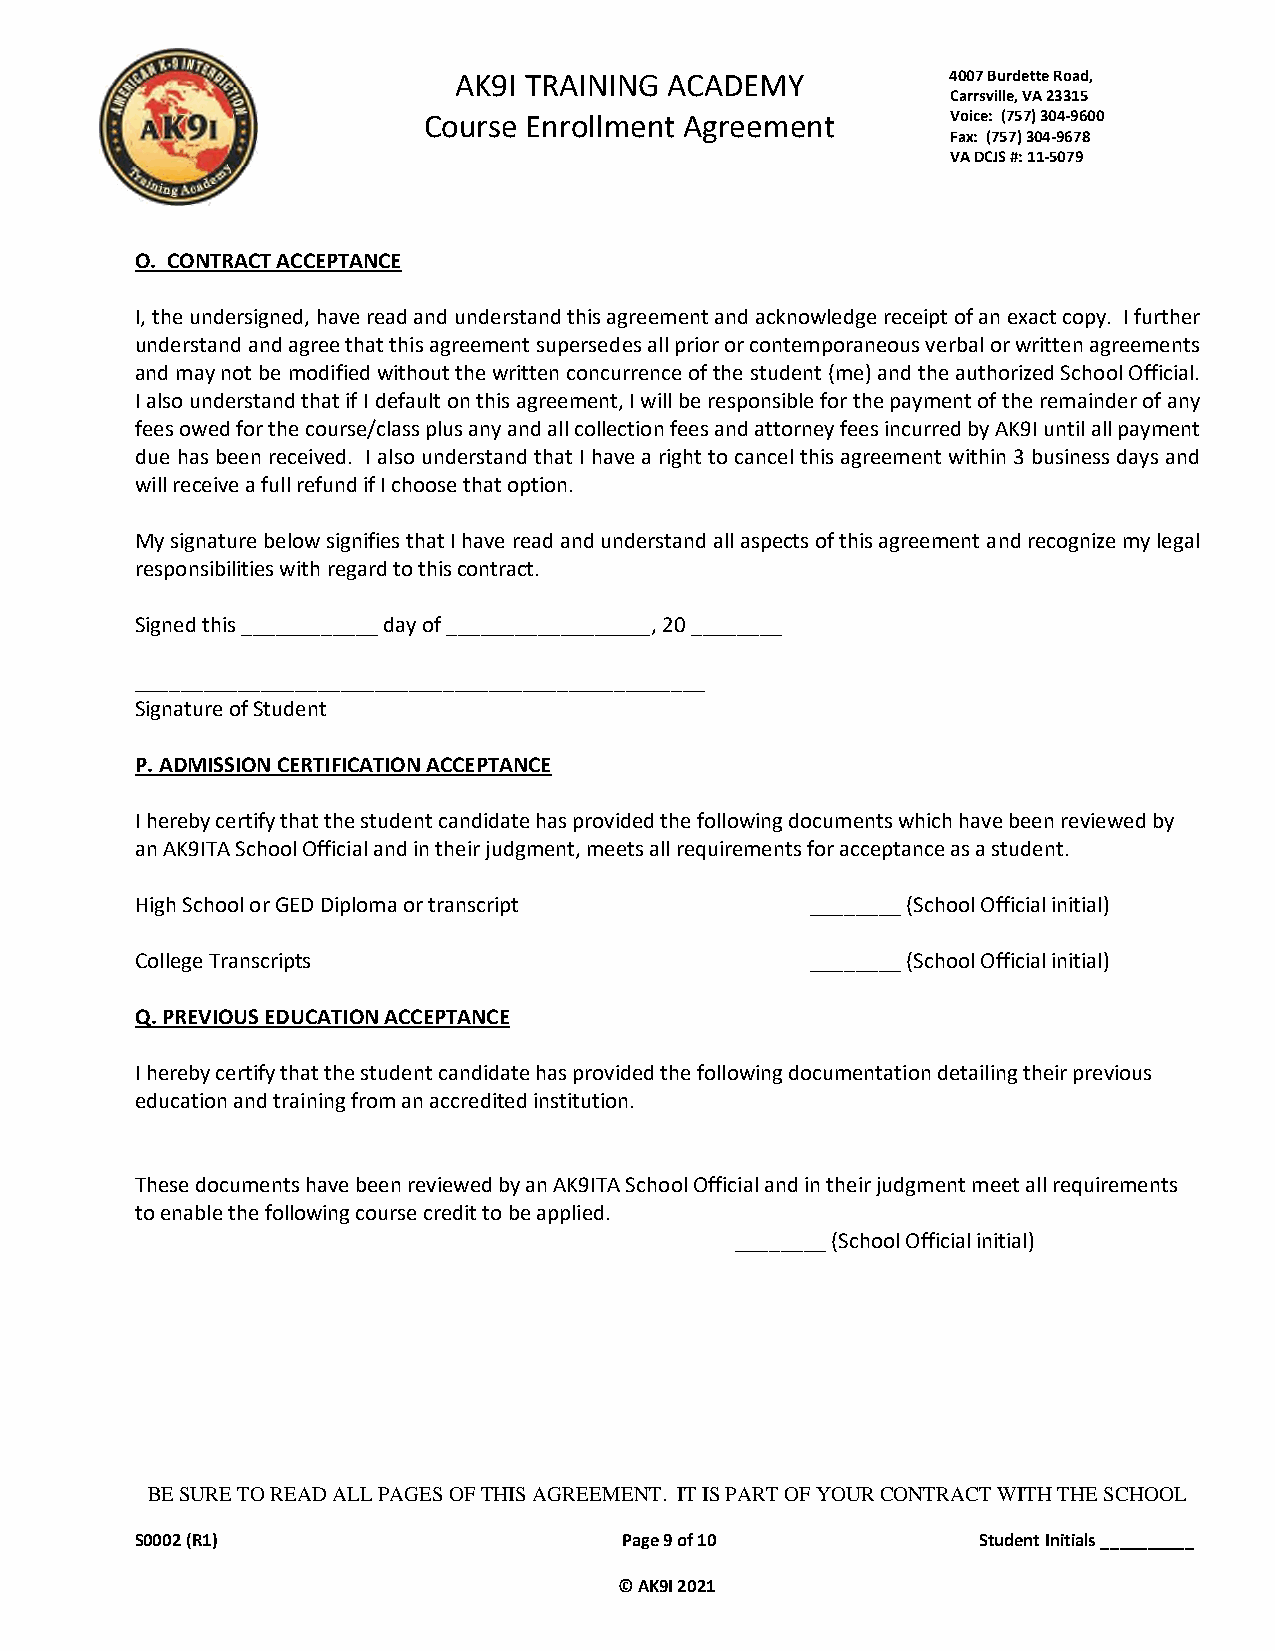
AK9I TRAINING ACADEMY            4007 Burdette Road,
 Carrsville, VA 23315
 Course Enrollment Agreement        Voice: (757) 304-9600
 Fax: (757) 304-9678
 VA DCJS #: 11-5079
 O. CONTRACT ACCEPTANCE
 I, the undersigned, have read and understand this agreement and acknowledge receipt of an exact copy. I further
 understand and agree that this agreement supersedes all prior or contemporaneous verbal or written agreements
 and may not be modified without the written concurrence of the student (me) and the authorized School Official.
 I also understand that if I default on this agreement, I will be responsible for the payment of the remainder of any
 fees owed for the course/class plus any and all collection fees and attorney fees incurred by AK9I until all payment
 due has been received. I also understand that I have a right to cancel this agreement within 3 business days and
 will receive a full refund if I choose that option.
 My signature below signifies that I have read and understand all aspects of this agreement and recognize my legal
 responsibilities with regard to this contract.
 Signed this ____________ day of __________________, 20 ________
 __________________________________________________
 Signature of Student
 P. ADMISSION CERTIFICATION ACCEPTANCE
 I hereby certify that the student candidate has provided the following documents which have been reviewed by
 an AK9ITA School Official and in their judgment, meets all requirements for acceptance as a student.
 High School or GED Diploma or transcript     ________ (School Official initial)
 College Transcripts                          ________ (School Official initial)
 Q. PREVIOUS EDUCATION ACCEPTANCE
 I hereby certify that the student candidate has provided the following documentation detailing their previous
 education and training from an accredited institution.
 These documents have been reviewed by an AK9ITA School Official and in their judgment meet all requirements
 to enable the following course credit to be applied.
 ________ (School Official initial)
 BE SURE TO READ ALL PAGES OF THIS AGREEMENT. IT IS PART OF YOUR CONTRACT WITH THE SCHOOL
 S0002 (R1)                      Page 9 of 10            Student Initials __________
 © AK9I 2021